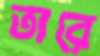
তারে